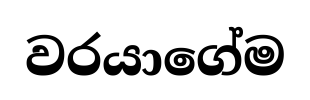
වරයාගේම